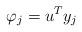
LaTeX: \begin{align*}\varphi_{j}=u^{T}y_{j}\end{align*}